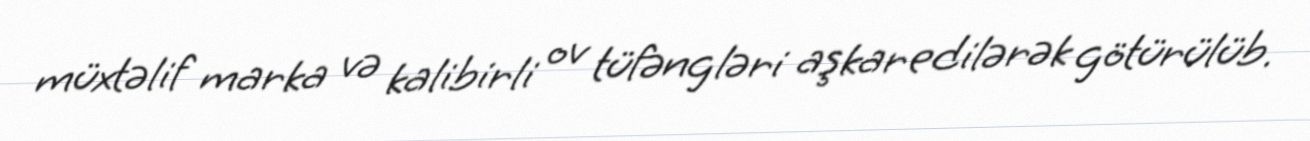
müxtəlif marka və kalibirli ov tüfəngləri aşkar edilərək götürülüb.